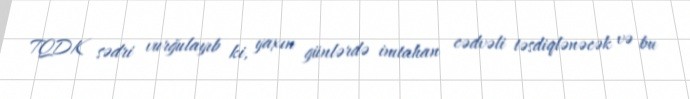
TQDK sədri vurğulayıb ki, yaxın günlərdə imtahan cədvəli təsdiqlənəcək və bu